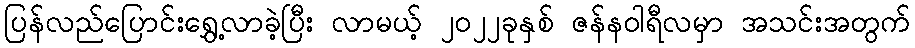
ပြန်လည်ပြောင်းရွှေ့လာခဲ့ပြီး လာမယ့် ၂၀၂၂ခုနှစ် ဇန်နဝါရီလမှာ အသင်းအတွက်